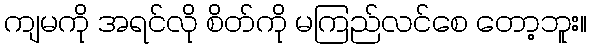
ကျမကို အရင်လို စိတ်ကို မကြည်လင်စေ တော့ဘူး။